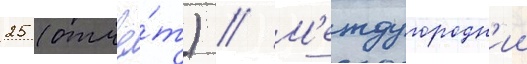
25 (отчё́т) // М'еждугородн'ии